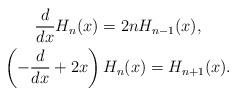
LaTeX: \begin{align*} \begin{gathered}\frac{d}{dx}H_n(x) = 2n H_{n-1}(x), \\ \left(-\frac{d}{dx}+2x\right)H_n(x) = H_{n+1}(x).\end{gathered}\end{align*}